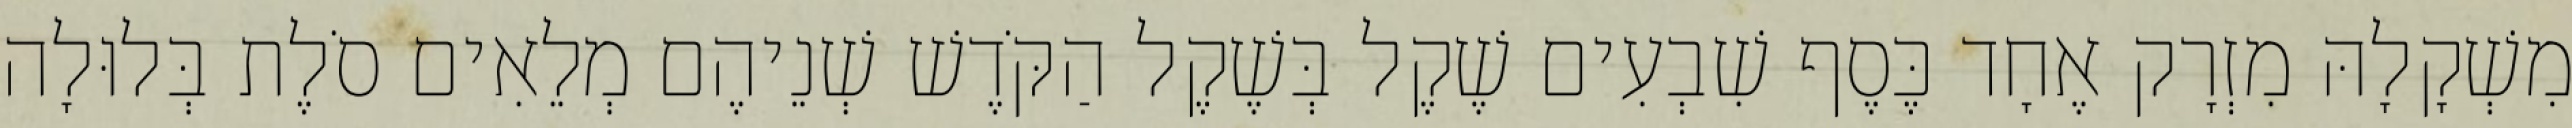
מִשְׁקָלָהּ מִזְרָק אֶחָד כֶּסֶף שִׁבְעִים שֶׁקֶל בְּשֶׁקֶל הַקֹּדֶשׁ שְׁנֵיהֶם מְלֵאִים סֹלֶת בְּלוּלָה